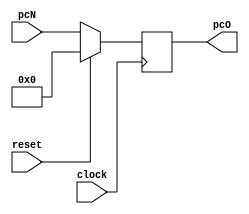
module PC (input clock , input reset , input [63 : 0] pcN , output [63: 0] pcO);

	always @ (posedge clock) begin
		
		if(reset)
			pcO = 0;
		else
			pcO = pcN;
	end

endmodule